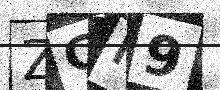
Text: ZCM9